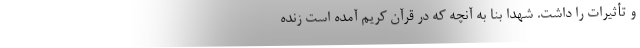
و تأثیرات را داشت. شهدا بنا به آنچه که در قرآن کریم آمده است زنده